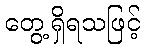
တွေ့ရှိရသဖြင့်